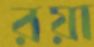
রয়া